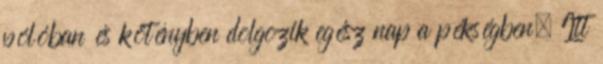
pólóban és kötényben dolgozik egész nap a pékségben. Itt